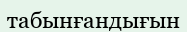
табынғандығын